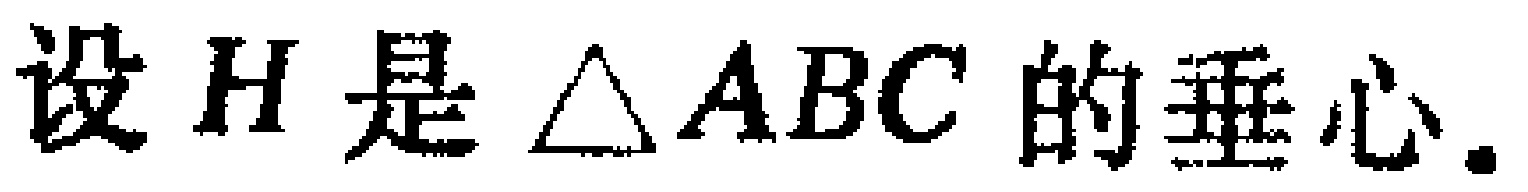
设 \(H\) 是 \(\triangle ABC\) 的垂心.